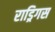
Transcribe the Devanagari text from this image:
राड्रिगस